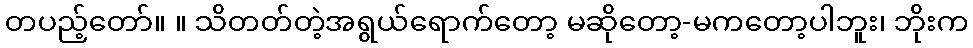
တပည့်တော်။ ။ သိတတ်တဲ့အရွယ်ရောက်တော့ မဆိုတော့-မကတော့ပါဘူး၊ ဘိုးက